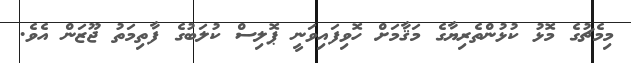
މިމެޗުގެ މޮޅު ކުޅުންތެރިޔާގެ މަޤާމަށް ހޮވިފައިވަނީ ޕޮލިސް ކުލަބުގެ ފާތިމަތު ޖޫޒަން އެވެ.